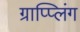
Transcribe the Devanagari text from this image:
ग्राप्प्लिंग